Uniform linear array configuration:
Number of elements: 24
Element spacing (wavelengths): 0.25
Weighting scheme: hann
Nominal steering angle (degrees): -15
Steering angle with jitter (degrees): -13.225
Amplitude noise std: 0.05
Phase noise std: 0.05

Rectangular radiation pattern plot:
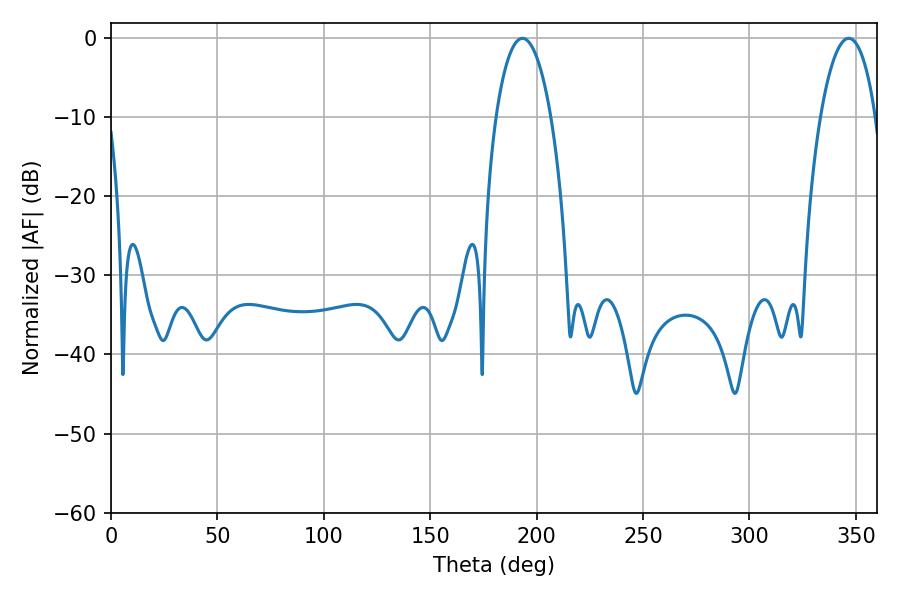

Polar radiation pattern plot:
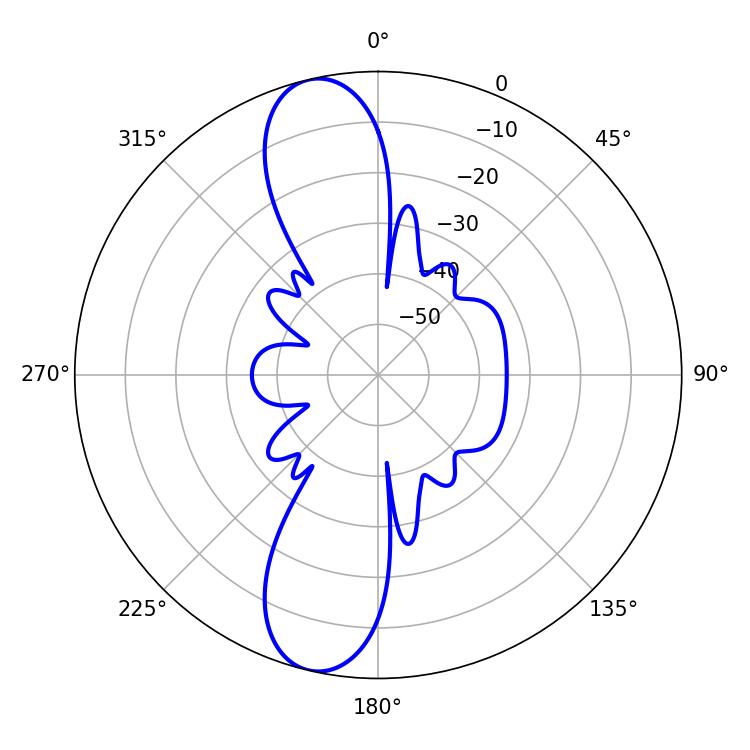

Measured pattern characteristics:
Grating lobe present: FALSE
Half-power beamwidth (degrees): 14.4
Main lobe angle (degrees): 193.32